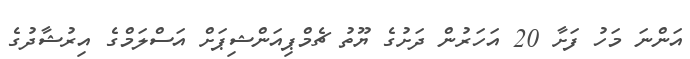
އަންނަ މަހު ފަށާ 20 އަހަރުން ދަށުގެ ޔޫތު ޗެމްޕިއަންޝިޕަށް އަސްލަމްގެ އިރުޝާދުގެ